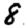
Digit: 8